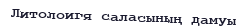
Литолоигя саласының дамуы